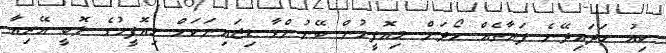
ކިއު ހަދައިދޭނެ ފަރާތެއް ހޯދަން މިއޮފީހުން ބޭނުންވާ ޑިޒައިނަކަށް މިއޮފީހުގެ ލޮބީ އޭރިއާ